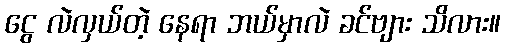
ငွေ လဲလှယ်တဲ့ နေရာ ဘယ်မှာလဲ ခင်ဗျား သိလား။